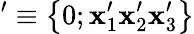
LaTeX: '\equiv\left\{ 0;\mathbf{x}_{1}^{\prime}\mathbf{x}_{2}^{\prime}\mathbf{x}_{3}^{\prime}\right\}